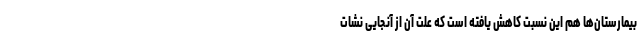
بیمارستان‌ها هم این نسبت کاهش یافته است که علت آن از آنجایی نشات